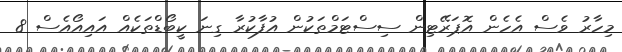
މިހާރު ވެސް އެހެން އޮޕަރޭޓިން ސިސްޓަމްތަކުން އުފާކުރާ ގިނަ ކީބޯޑްތަކެއް އައިއޯއެސް 8